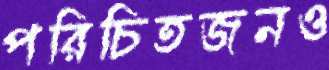
পরিচিতজনও